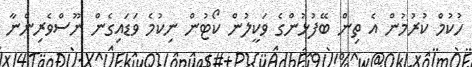
ހުކުމް ކުރުމުން އެ ތިން ބޭފުޅުންގެ ވަކީލުން ކޯޓުން ނިކުމެ ވަޑައިގެން ނޫސްވެރިންނާ